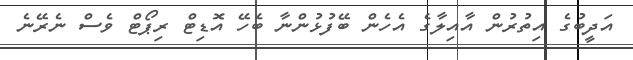
އަދީބުގެ އިތުރުން އާއިލާގެ އެހެން ބޭފުޅުންނާ ބެހޭ އޮޑިޓް ރިޕޯޓް ވެސް ނެރޭނެ